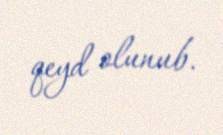
qeyd olunub.